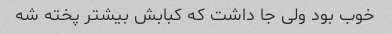
خوب بود ولی جا داشت که کبابش بیشتر پخته شه